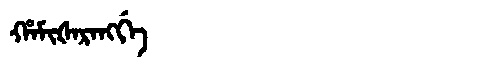
Manchu: ᡥᠠᠮᡳᡧᠠᡵᠠᠩᡤᡝ
Romanization: HAMIŠARANGGE